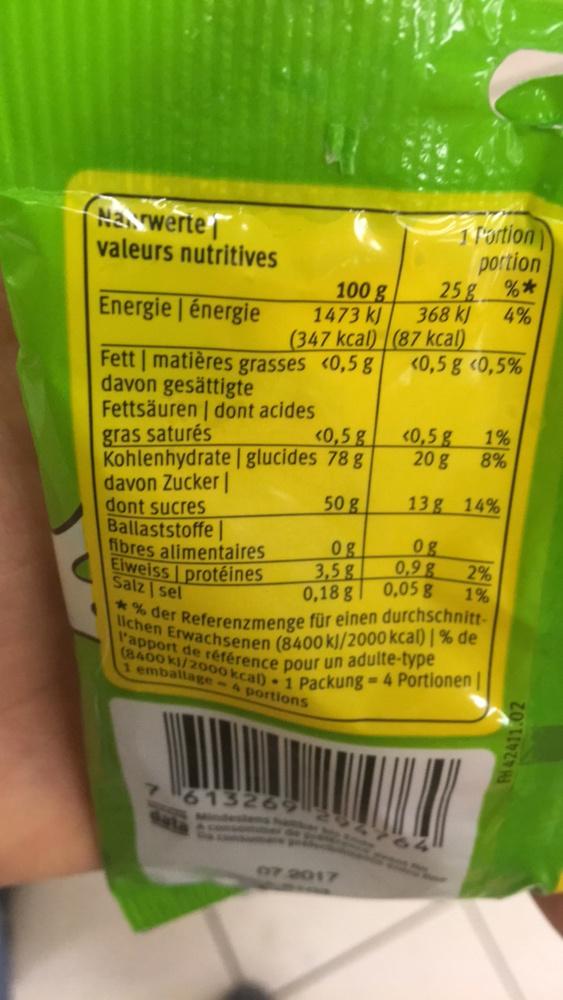
Narwerte
valeurs nutritives
Energie énergie
1473 kJ
(347 kcal)
Fett | matières grasses <0,5 g
davon gesättigte
Fettsäuren | dont acides
100 g
gras saturés
<0,5 g
Kohlenhydrate glucides 78 g
50 g
davon Zucker|
dont sucres Ballaststoffe
A
613269
1 Portion
07.2017
<0,5 g
20 g
13g 14%
og
0g
fibres alimentaires
0,98
Elweiss protéines Salz sel
3,5 g
0,18 g
0,05 g
*% der Referenzmenge für einen durchschnittlichen Erwachsenen (8400 kJ/2000 kcal) | % de l'apport de référence pour un adulte-type (8400 kJ/2000 kcal) 1 Packung= 4 Portionen
1 emballage-4 portions
portion
%*
4%
25%
368 kJ
(87 kcal)
<0,5 g <0,5%
1%
8%
2%
1%
FH 42411.02